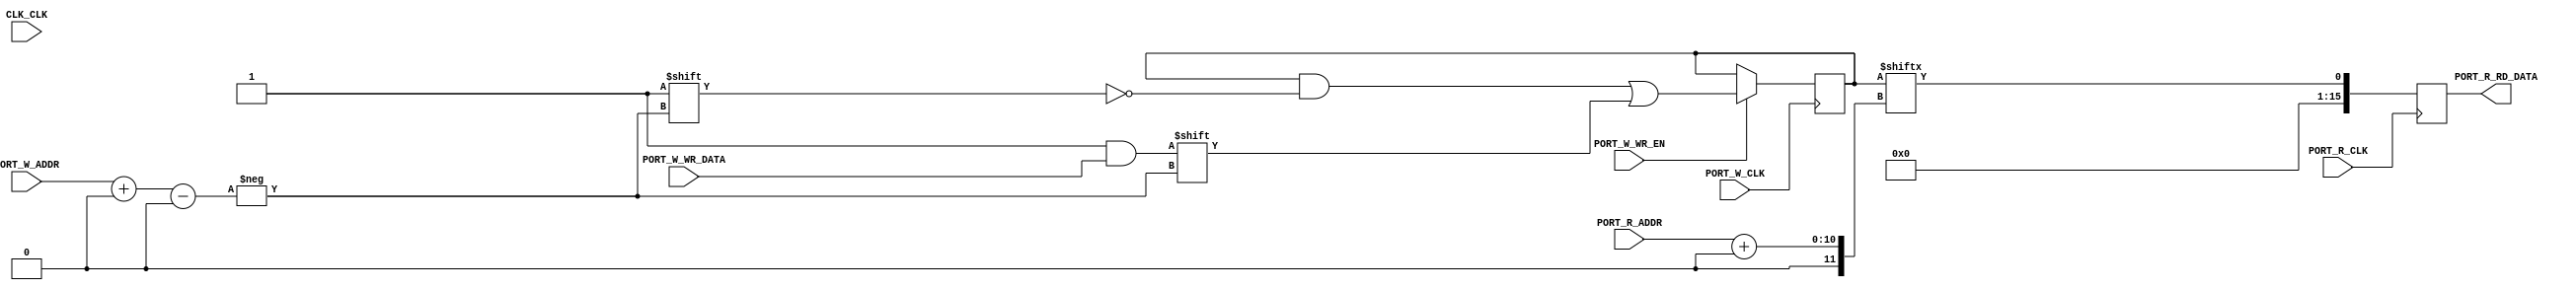
module RAM_CLOCK_SDP(
	input CLK_CLK,
	input PORT_R_CLK,
	input [9:0] PORT_R_ADDR,
	output reg [15:0] PORT_R_RD_DATA,
	input PORT_W_CLK,
	input PORT_W_WR_EN,
	input [9:0] PORT_W_ADDR,
	input [15:0] PORT_W_WR_DATA
);

parameter INIT = 0;
parameter PORT_R_WIDTH = 1;
parameter PORT_W_WIDTH = 1;
parameter CLK_CLK_POL = 0;
parameter PORT_R_CLK_POL = 0;
parameter PORT_W_CLK_POL = 0;
parameter OPTION_WCLK = "ANY";
parameter OPTION_RCLK = "ANY";

reg [2**10-1:0] mem = INIT;

wire RCLK;
case (OPTION_RCLK)
"ANY": assign RCLK = PORT_R_CLK == PORT_R_CLK_POL;
"POS": assign RCLK = PORT_R_CLK;
"NEG": assign RCLK = ~PORT_R_CLK;
endcase
always @(posedge RCLK)
	PORT_R_RD_DATA <= mem[PORT_R_ADDR+:PORT_R_WIDTH];

always @(negedge PORT_W_CLK ^ (PORT_W_CLK_POL || OPTION_WCLK == "POS"))
	if (PORT_W_WR_EN)
		mem[PORT_W_ADDR+:PORT_W_WIDTH] <= PORT_W_WR_DATA;

endmodule